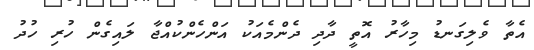
އެތާ ވެލިގަނޑު މިހާރު އޮތީ ދާދި ދެންމެއަކު އަންހެންކުއްޖާ ލައިގެން ހުރި ހުދު